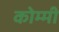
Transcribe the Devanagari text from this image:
कोम्मी